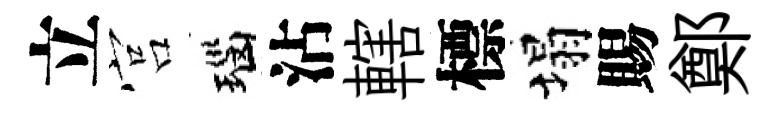
立宫瑙沾轄標塌賜鄭